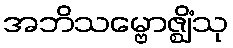
အဘိသမ္ဗောဇ္ဈိံသု